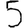
Digit: 5